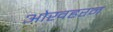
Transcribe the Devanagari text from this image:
ओखहरन